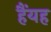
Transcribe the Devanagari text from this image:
हैंयह